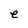
Character: e